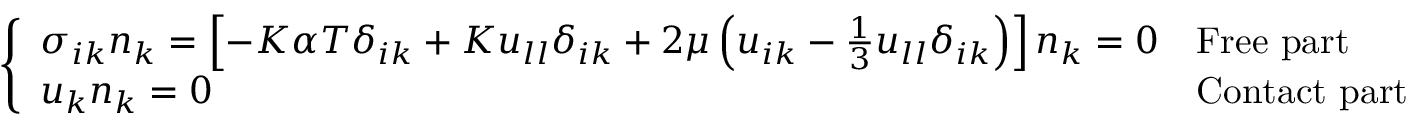
\left\{ \begin{array} { l l } { \sigma _ { i k } n _ { k } = \left[ - K \alpha T \delta _ { i k } + K u _ { l l } \delta _ { i k } + 2 \mu \left( u _ { i k } - \frac { 1 } { 3 } u _ { l l } \delta _ { i k } \right) \right] n _ { k } = 0 } & { { \mathrm { F r e e ~ p a r t } } } \\ { u _ { k } n _ { k } = 0 } & { { \mathrm { C o n t a c t ~ p a r t } } } \end{array} \right.